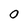
Character: O